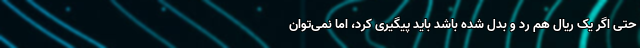
حتی اگر یک ریال هم رد و بدل شده باشد باید پیگیری کرد، اما نمی‌توان